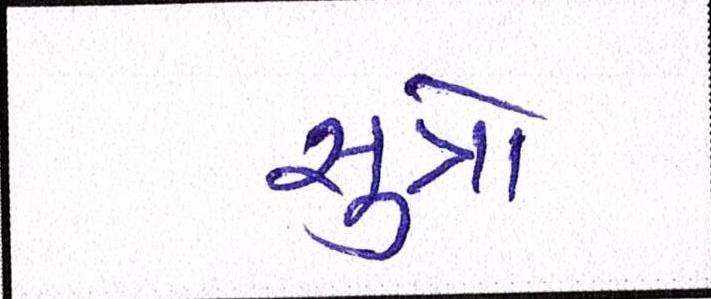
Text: સુત્રો